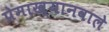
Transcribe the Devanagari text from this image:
प्रेमाख्यानवाले